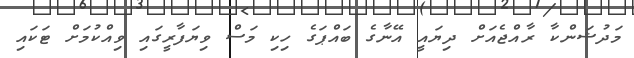
މަދުޝަންކާ ރާއްޖެއަށް ދިޔައީ އޭނާގެ ބައްޕަގެ ހިކި މަސް ވިޔަފާރީގައި ވިއްކުމަށް ޓަކައި